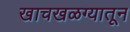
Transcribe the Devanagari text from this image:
खाचखळग्यातून